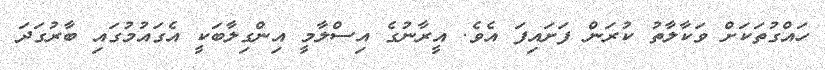
ހައްގުތަކަށް ވަކާލާތު ކުރަން ފަށައިފަ އެވެ. އީރާނުގެ އިސްލާމީ އިންގިލާބަކީ އެގައުމުގައި ބާރުގަދަ